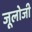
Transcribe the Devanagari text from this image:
जूलोजी